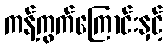
ကန့်ကွက်ကြောင်းနှင့်